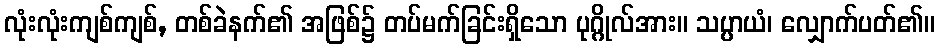
လုံးလုံးကျစ်ကျစ်, တစ်ခဲနက်၏ အဖြစ်၌ တပ်မက်ခြင်းရှိသော ပုဂ္ဂိုလ်အား။ သပ္ပာယံ၊ လျှောက်ပတ်၏။